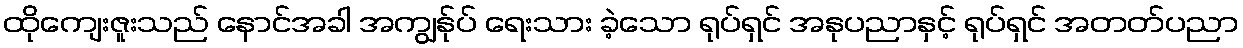
ထိုကျေးဇူးသည် နောင်အခါ အကျွန်ုပ် ရေးသား ခဲ့သော ရုပ်ရှင် အနုပညာနှင့် ရုပ်ရှင် အတတ်ပညာ